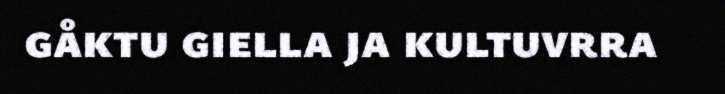
gåktu giella ja kultuvrra